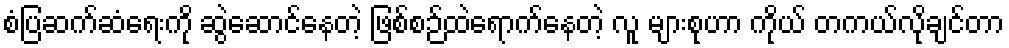
စံပြဆက်ဆံရေးကို ဆွဲဆောင်နေတဲ့ ဖြစ်စဉ်ထဲရောက်နေတဲ့ လူ များစုဟာ ကိုယ် တကယ်လိုချင်တာ